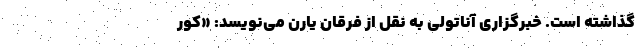
گذاشته است. خبرگزاری آناتولی به نقل از فرقان یارِن می‌نویسد: «کور